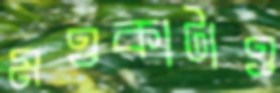
মওকাটাও